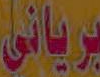
برياني